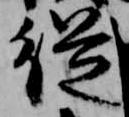
従